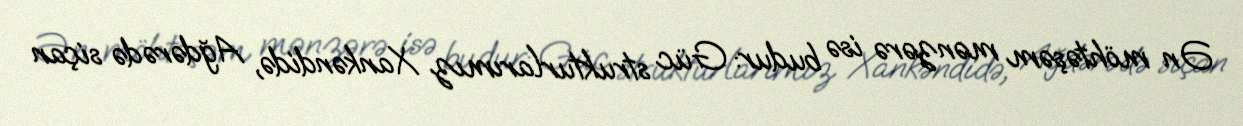
Ən möhtəşəm mənzərə isə budur: Güc strukturlarımız Xankəndidə, Ağdərədə siçan